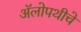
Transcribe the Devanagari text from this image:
अॅलोपथीचे